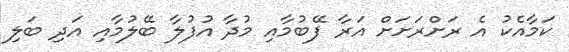
ކަމާއެކު އެ ރަށްރަށަށް އަރާ ފޭބުމާއި މުދާ އުފުލާ ބޭލުމާއި އަދި ބަލި